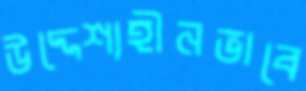
উদ্দেশ্যহীনভাবে